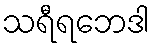
သရီရဘေဒါ